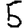
Digit: 5